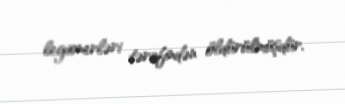
legionerləri tərəfindən öldürülmüşdür.